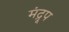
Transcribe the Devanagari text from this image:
मंद्रूप